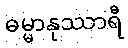
ဓမ္မာနုဿာရီ